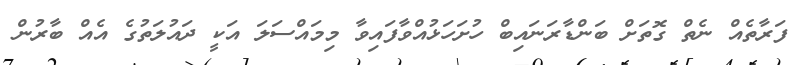
ފަރާތެއް ނެތް ގޮތަށް ބަންޑާރަނައިބް ހުށަހަޅުއްވާފައިވާ މިމައްސަލަ އަކީ ދައުލަތުގެ އެއް ބާރުން